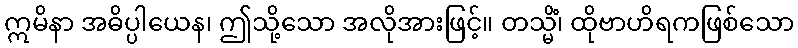
ဣမိနာ အဓိပ္ပါယေန၊ ဤသို့သော အလိုအားဖြင့်။ တသ္မိံ၊ ထိုဗာဟိရကဖြစ်သော